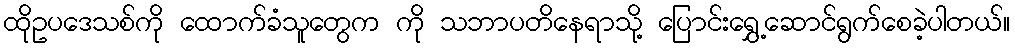
ထိုဥပဒေသစ်ကို ထောက်ခံသူတွေက ကို သဘာပတိနေရာသို့ ပြောင်းရွှေ့ဆောင်ရွက်စေခဲ့ပါတယ်။